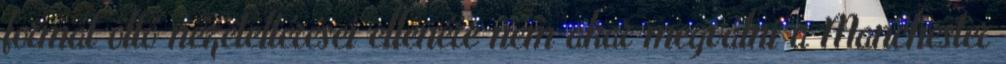
formát öltő nézeteltérései ellenére nem akar megválni a Manchester